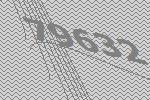
79632